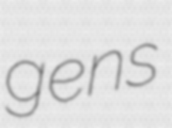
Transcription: gens